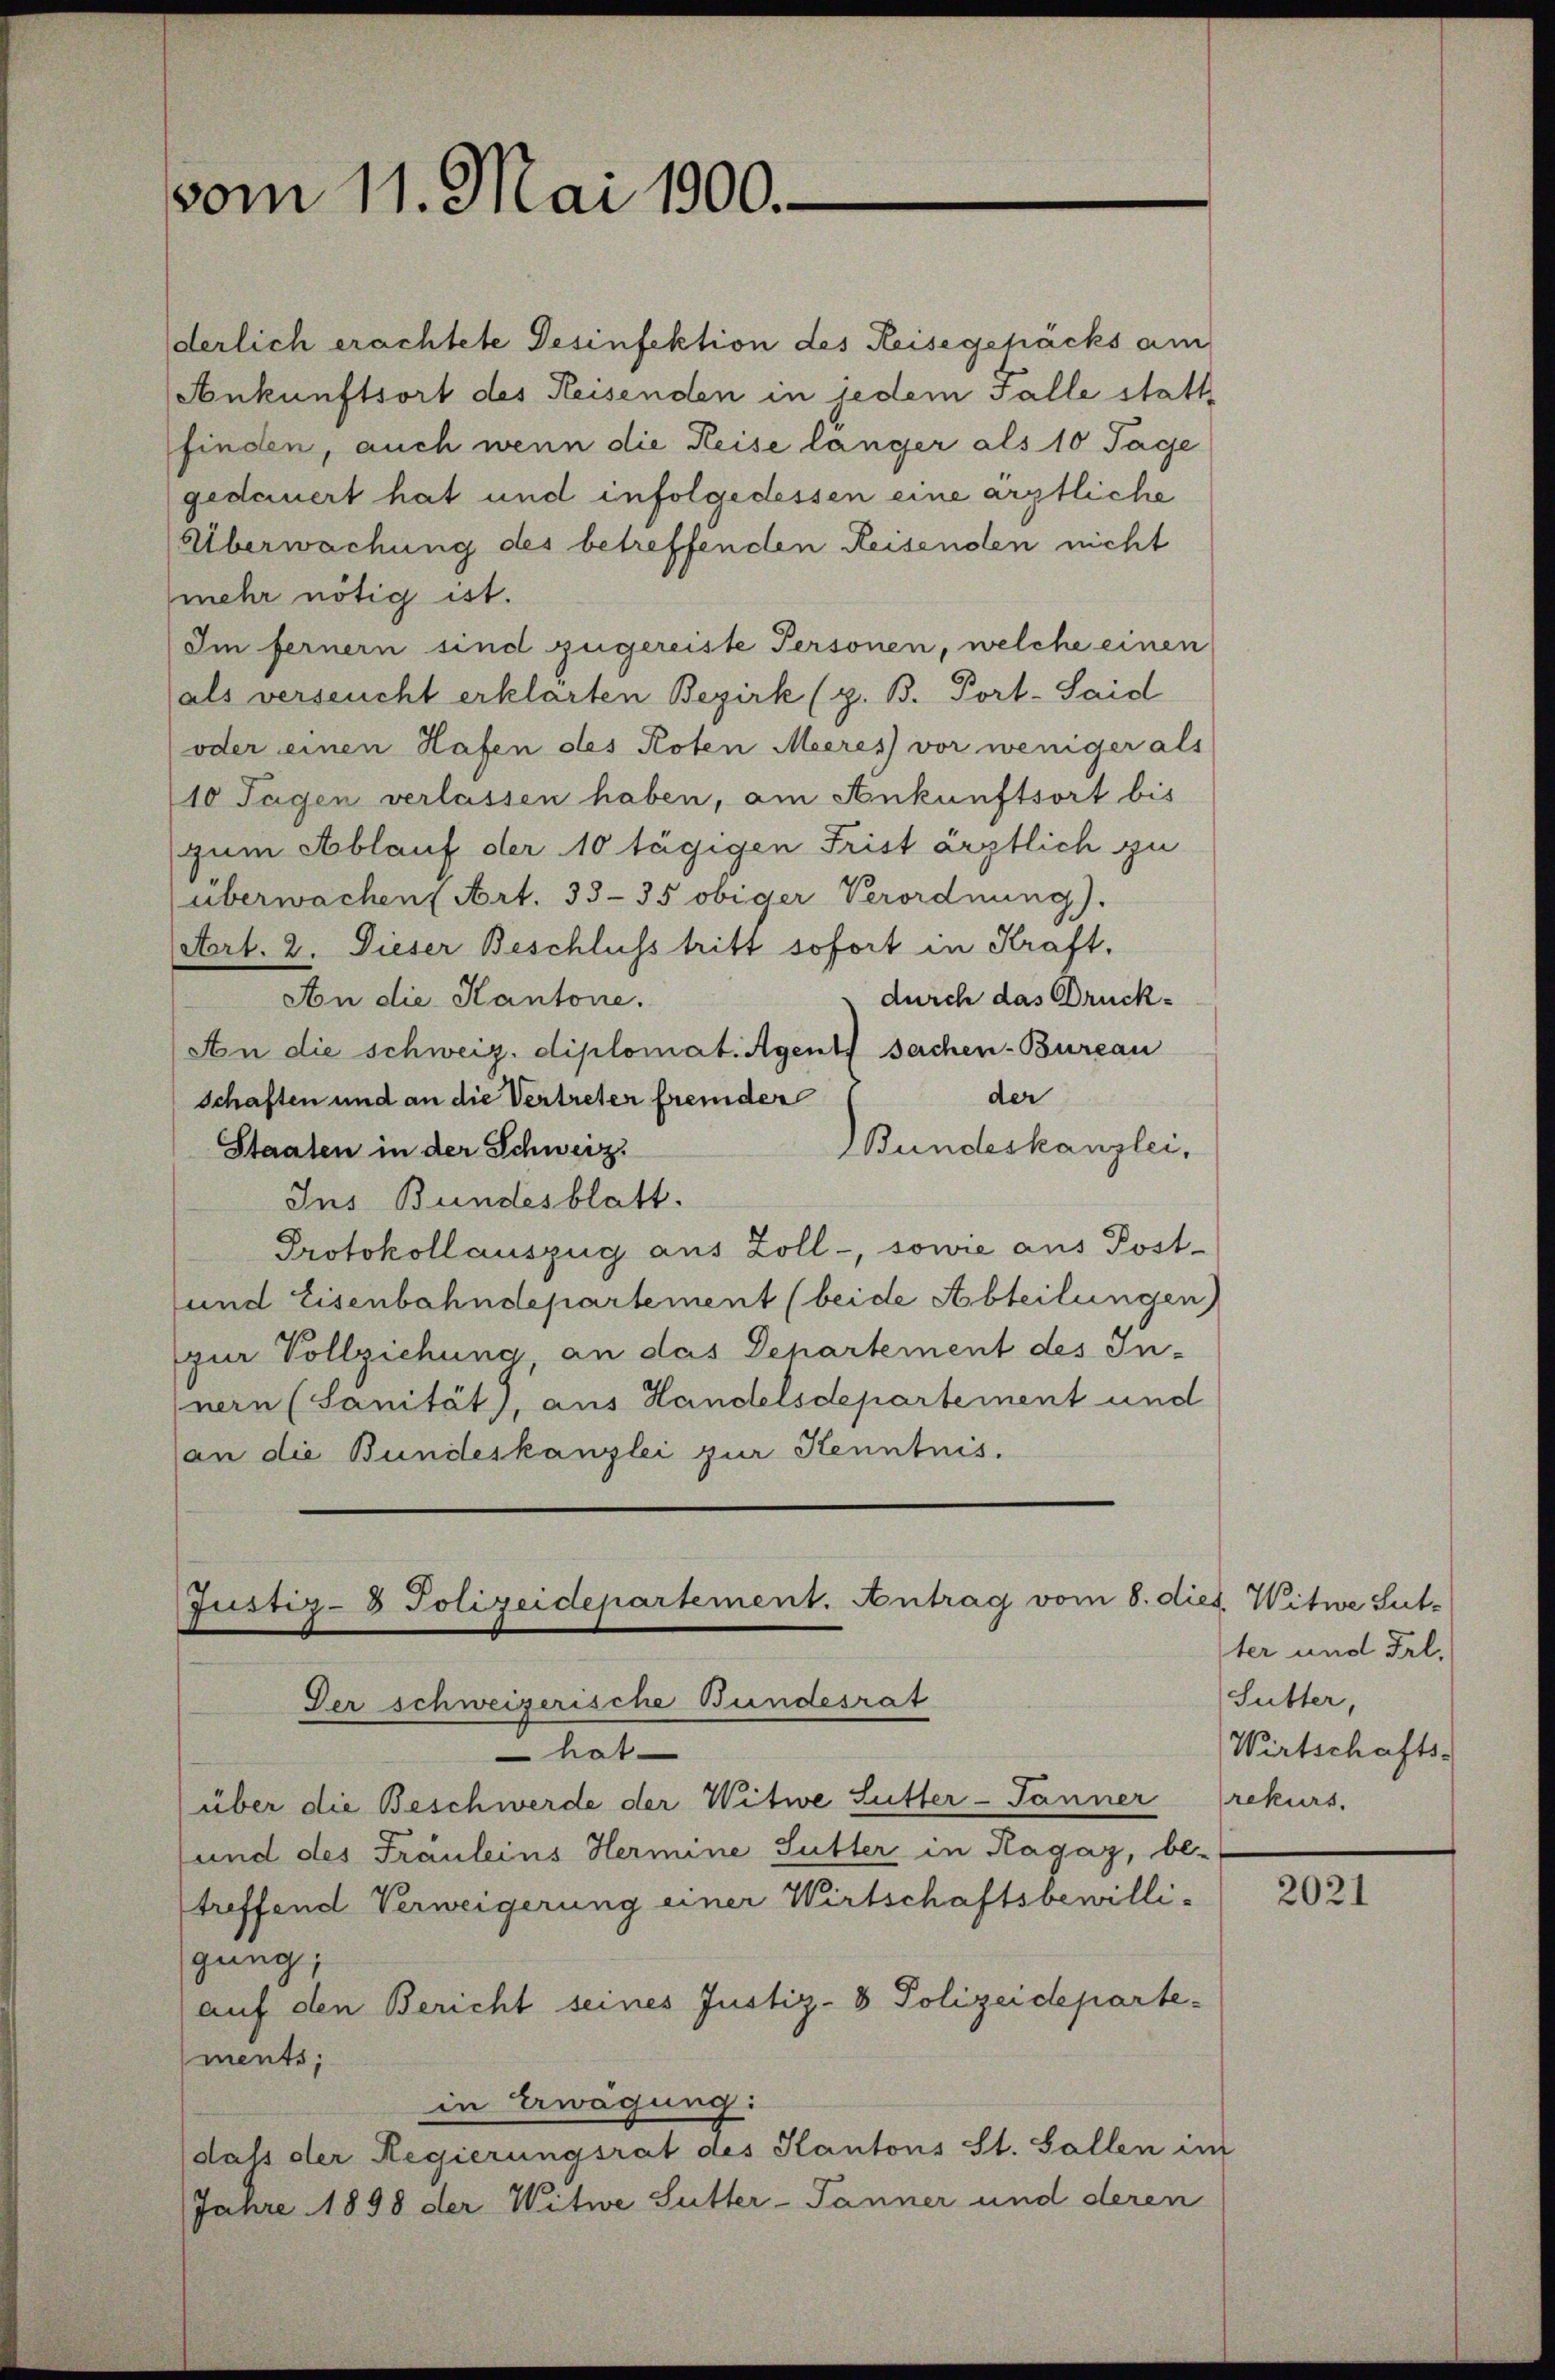
vom 11. Mai 1900.

derlich erachtete Gesinfektion des Reisegehacks am
Ankunftsort des Reisenden in jedem Falle statt
finden, auch wenn die Reise länger als 10 Tage
gedauert hat und infolgedessen eine ärztliche
Überwachung des betreffenden Reisenden nicht
mehr nötig ist.
Im fernern sind zugereiste Personen, welche einen
(als verseucht erklärten Bezirk (z. B. Port-Said
(oder einen Hafen des Roten Meeres vor weniger als
10 Tagen verlassen haben, am Ankunftsort bis
zum Ablauf der 10 tägigen Frist ärztlich zu
überwachen Art. 33-35 obiger Verordnung).
Art. 2. Dieser Beschluss tritt sofort in Kraft.
durch das Druck-
An die Kantone.
An die schweiz. diplomat. Agent sachen-Bureau
der
schaften und an die Vertreter fremder
Bundeskanzlei.
Staaten in der Schweiz.
Ins Bundesblatt.
Protokollauszug aus Zoll-, sowie aus Post-
und Eisenbahndepartement (beide Abteilungen
zur Vollziehung, an das Departement des In-
nern (Sanität), aus Handelsdepartement und
an die Bundeskanzlei zur Kenntnis.
Justiz- & Polizeidepartement. Antrag vom 8. dies Witwe Sut-
Der schweizerische Bundesrat
hat
über die Beschwerde der Witwe Sutter-Tanner rekurs.
und des Fräuleins Hermine Sutter in Ragaz, be-
treffend Verweigerung einer Wirtschaftsbewilli-
gung;
auf den Bericht seines Justiz- & Polizeidepartements;
in Erwägung:
(daß der Regierungsrat des Kantons St. Gallen im
Jahre 1898 der Witwe Sutter-Tanner und deren

ter und Frl.
Sutter,
Wirtschafts-

2021